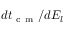
d t _ { \mathrm { ~ c ~ m ~ } } / d E _ { l }